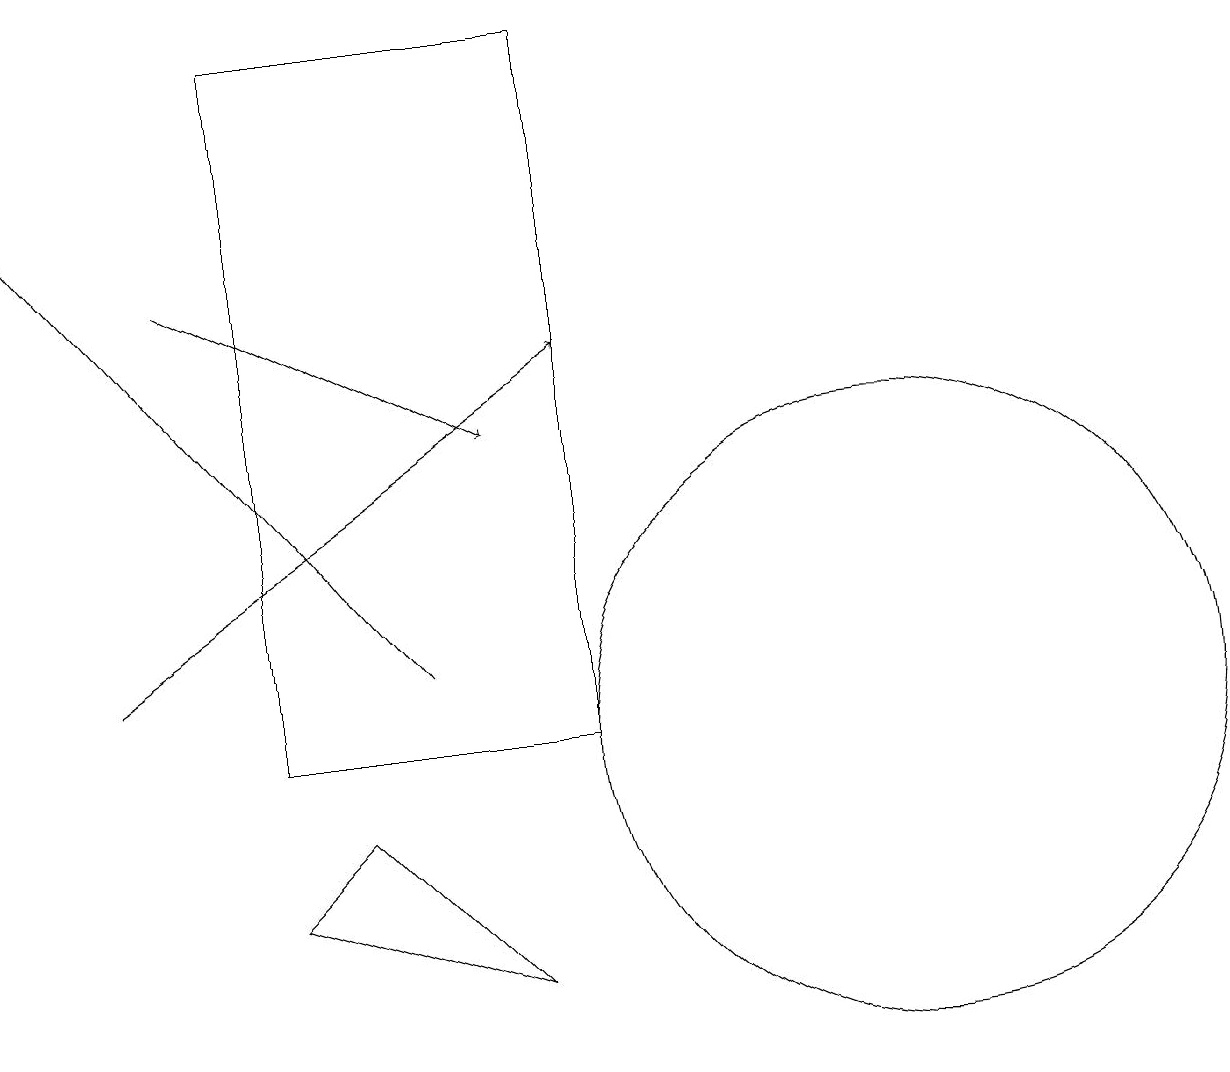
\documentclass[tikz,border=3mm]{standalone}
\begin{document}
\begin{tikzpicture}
\draw[->] (2,16) -- (6,14);
\draw (11,10) circle (4);
\draw[->] (1,11) -- (7,15);
\draw[->] (5,11) -- (0,17);
\draw (3,8) -- (6,7) -- (4,9) -- cycle;
\draw (7,10) rectangle (3,19);
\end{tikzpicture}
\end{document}